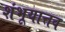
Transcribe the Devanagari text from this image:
शंभूयात्तव